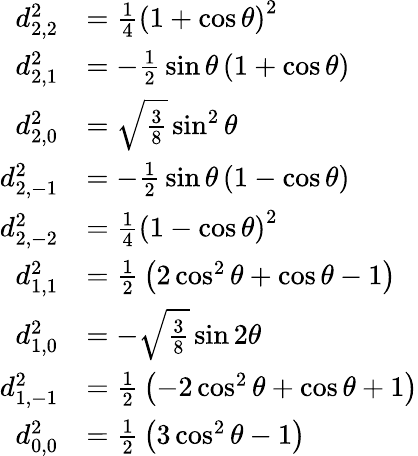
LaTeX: {\begin{array}{rl}{d_{2,2}^{2}}&{={\frac{1}{4}}\left(1+\cos\theta\right)^{2}}\\ {d_{2,1}^{2}}&{=-{\frac{1}{2}}\sin\theta\left(1+\cos\theta\right)}\\ {d_{2,0}^{2}}&{={\sqrt{\frac{3}{8}}}\sin^{2}\theta}\\ {d_{2,-1}^{2}}&{=-{\frac{1}{2}}\sin\theta\left(1-\cos\theta\right)}\\ {d_{2,-2}^{2}}&{={\frac{1}{4}}\left(1-\cos\theta\right)^{2}}\\ {d_{1,1}^{2}}&{={\frac{1}{2}}\left(2\cos^{2}\theta+\cos\theta-1\right)}\\ {d_{1,0}^{2}}&{=-{\sqrt{\frac{3}{8}}}\sin 2\theta}\\ {d_{1,-1}^{2}}&{={\frac{1}{2}}\left(-2\cos^{2}\theta+\cos\theta+1\right)}\\ {d_{0,0}^{2}}&{={\frac{1}{2}}\left(3\cos^{2}\theta-1\right)}\end{array}}